Civil Veterinary Dept. North-West Frontier Province 1933-46 - 1933-1946
Year: 1933
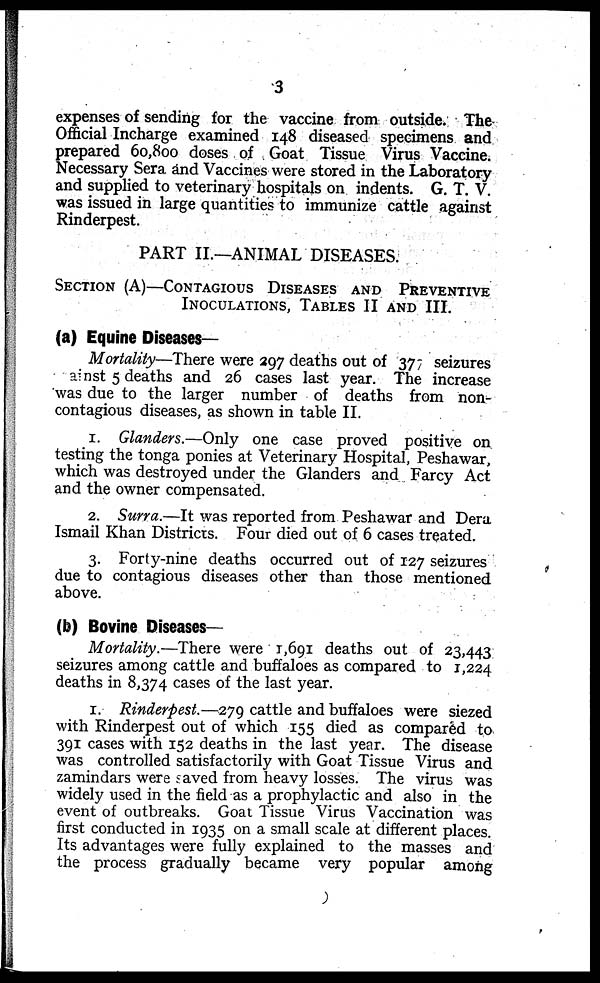
3
expenses of sending for the vaccine from outside. The
Official Incharge examined 148 diseased specimens and
prepared 60,800 doses of Goat Tissue Virus Vaccine.
Necessary Sera and Vaccines were stored in the Laboratory
and supplied to veterinary hospitals on indents. G. T. V.
was issued in large quantities to immunize cattle against
Rinderpest.
PART II.—ANIMAL DISEASES.
SECTION (A)—CONTAGIOUS DISEASES AND PREVENTIVE
INOCULATIONS, TABLES II AND III.
(a) Equine Diseases—
Mortality—There were 297 deaths out of 377 seizures
ainst 5 deaths and 26 cases last year. The increase
was due to the larger number of deaths from non-
contagious diseases, as shown in table II.
1. Glanders.—Only one case proved positive on
testing the tonga ponies at Veterinary Hospital, Peshawar,
which was destroyed under the Glanders and Farcy Act
and the owner compensated.
2. Surra.—It was reported from Peshawar and Dera
Ismail Khan Districts. Four died out of 6 cases treated.
3. Forty-nine deaths occurred out of 127 seizures
due to contagious diseases other than those mentioned
above.
(b) Bovine Diseases—
Mortality.—There were 1,691 deaths out of 23,443
seizures among cattle and buffaloes as compared to 1,224
deaths in 8,374 cases of the last year.
1. Rinderpest.—279 cattle and buffaloes were siezed
with Rinderpest out of which 155 died as compared to
391 cases with 152 deaths in the last year. The disease
was controlled satisfactorily with Goat Tissue Virus and
zamindars were saved from heavy losses. The virus was
widely used in the field as a prophylactic and also in the
event of outbreaks. Goat Tissue Virus Vaccination was
first conducted in 1935 on a small scale at different places.
Its advantages were fully explained to the masses and
the process gradually became very popular among